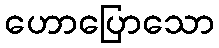
ဟောပြောသော